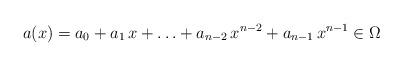
LaTeX: \begin{align*}a(x) = a_0 + a_1 \,x + \ldots + a_{n-2} \, x^{n-2} + a_{n-1} \, x^{n-1} \in \Omega\end{align*}